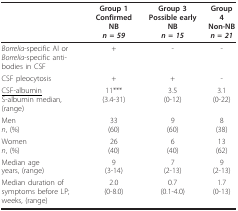
<table><thead><tr><td></td><td><b>Group 1Confirmed NB<i>n = 59</i></b></td><td><b>Group 3Possible early NB<i>n = 15</i></b></td><td><b>Group 4Non-NB<i>n = 21</i></b></td></tr></thead><tbody><tr><td><i>Borrelia</i>-specific AI or<i>Borrelia</i>-specific anti-bodies in CSF</td><td>+</td><td>-</td><td>-</td></tr><tr><td>CSF pleocytosis</td><td>+</td><td>+</td><td>-</td></tr><tr><td><underline>CSF-albumin</underline>S-albumin median, (range)</td><td>11***(3.4-31)</td><td>3.5(0-12)</td><td>3.1(0-22)</td></tr><tr><td>Men<i>n</i>, (%)</td><td>33(60)</td><td>9(60)</td><td>8(38)</td></tr><tr><td>Women<i>n</i>, (%)</td><td>26(40)</td><td>6(40)</td><td>13(62)</td></tr><tr><td>Median ageyears, (range)</td><td>9(3-14)</td><td>7(2-13)</td><td>9(2-13)</td></tr><tr><td>Median duration ofsymptoms before LP;weeks, (range)</td><td>2.0(0-8.0)</td><td>0.7(0.1-4.0)</td><td>1.7(0-13)</td></tr></tbody></table>